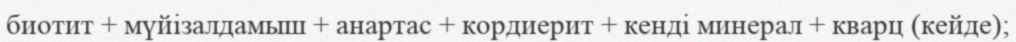
биотит + мүйізалдамыш + анартас + кордиерит + кенді минерал + кварц (кейде);